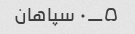
۵_۰ سپاهان